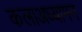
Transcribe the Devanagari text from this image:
कलाअध्यापन